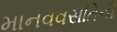
માનવવસતિની